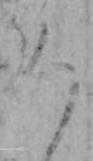
ろ